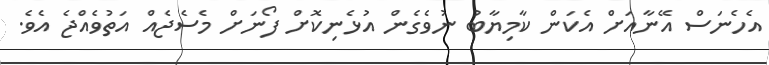
އެހެނަސް އޭނާއަށް އެކަން ކާމިޔާބު ނުވެގެން އުޅެނިކޮށް ފޯނަށް މެސެޖެއް އަތުވެއްޖެ އެވެ.